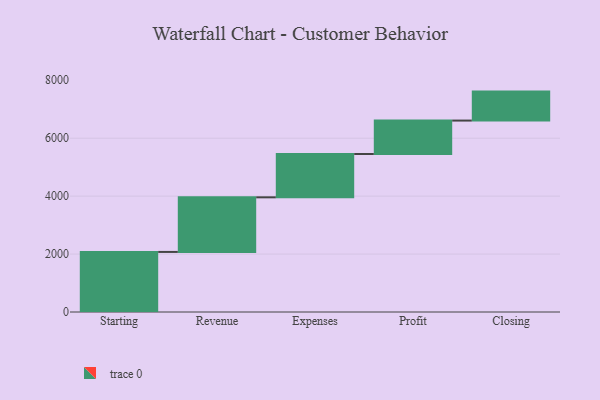
{"axis": {"x": "Step", "y": "Value"}, "legend": [""], "data": [{"x": "Starting", "y": 2074.0, "type": ""}, {"x": "Revenue", "y": 1885.0, "type": ""}, {"x": "Expenses", "y": 1496.0, "type": ""}, {"x": "Profit", "y": 1154.0, "type": ""}, {"x": "Closing", "y": 1000, "type": ""}]}